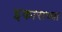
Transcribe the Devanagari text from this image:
इकाराच्या